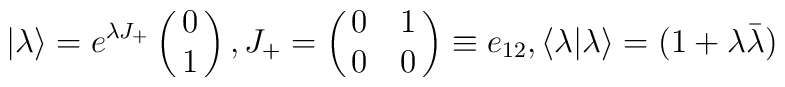
\vert \lambda \rangle = {e^{\lambda {J_+}}}\left(\matrix {0\cr 1}\right) ,  {J_+} = \left(\matrix {0 & 1\cr 0 & 0}\right) \equiv {e_{12}} ,  \langle \lambda \vert \lambda \rangle = (1+{\lambda }{\bar \lambda})